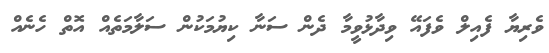
ވެރިޔާ ފެއިލް ވެފައޭ ވިދާޅުވީމާ ދެން ސަނާ ކިޔުމަކުން ސަލާމަތެއް އޮތް ހެނެއް